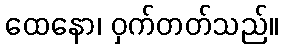
ထေနော၊ ဝှက်တတ်သည်။